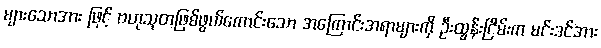
များသောအား ဖြင့် ဗဟုသုတဖြစ်ဖွယ်ကောင်းသော အကြောင်းအရာများကို ဦးထွန်းငြိမ်းက မင်းဒင်အား